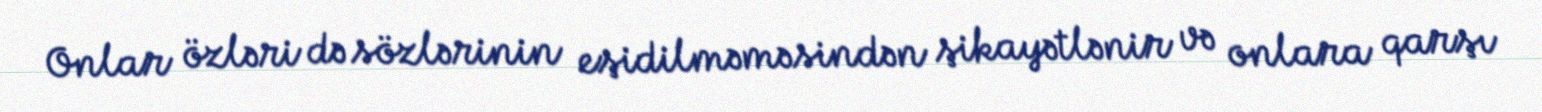
Onlar özləri də sözlərinin eşidilməməsindən şikayətlənir və onlara qarşı